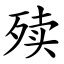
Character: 㱩